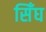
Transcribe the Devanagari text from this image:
सिँघ